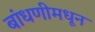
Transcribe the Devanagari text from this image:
बांधणीमधून